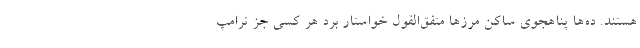
هستند. ده‌ها پناهجوی ساکن مرزها متفق‌القول خواستار برد هر کسی جز ترامپ